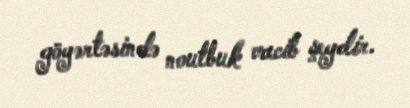
göyərtəsində noutbuk vacib şeydir.